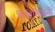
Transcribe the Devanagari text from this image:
सिविलियनों